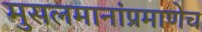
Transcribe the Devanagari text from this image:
मुसलमानांप्रमाणेच